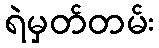
ရဲမှတ်တမ်း